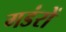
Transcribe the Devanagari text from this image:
गडंरों